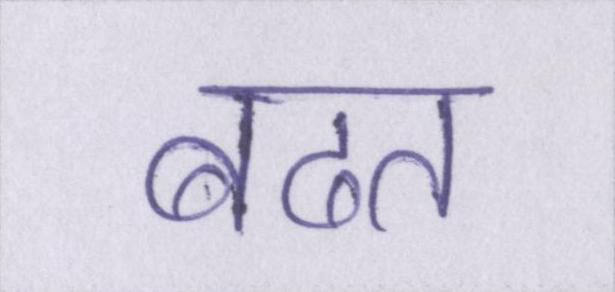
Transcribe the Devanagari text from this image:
बढत